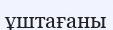
ұштағаны